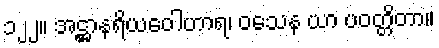
၁၂၂။ အဋ္ဌာနရိယဝေါဟာရ၊ ဝသေန ယာ ပဝတ္တိတာ။